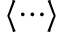
\langle \cdots \rangle